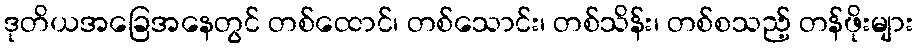
ဒုတိယအခြေအနေတွင် တစ်ထောင်၊ တစ်သောင်း၊ တစ်သိန်း၊ တစ်စသည့် တန်ဖိုးများ